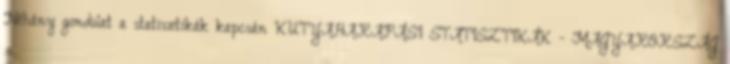
Néhány gondolat a statisztikák kapcsán KUTYAHARAPÁSI STATISZTIKÁK - MAGYARORSZÁG